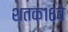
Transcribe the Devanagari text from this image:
शतक१६वे